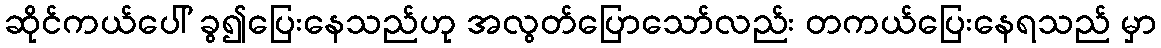
ဆိုင်ကယ်ပေါ် ခွ၍ပြေးနေသည်ဟု အလွတ်ပြောသော်လည်း တကယ်ပြေးနေရသည် မှာ